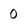
Character: 0